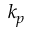
k _ { p }